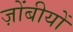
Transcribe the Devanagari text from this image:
ज़ोंबीयों